Civil Veterinary Department Bengal reports 1923-33 - 1923-1933
Year: 1923
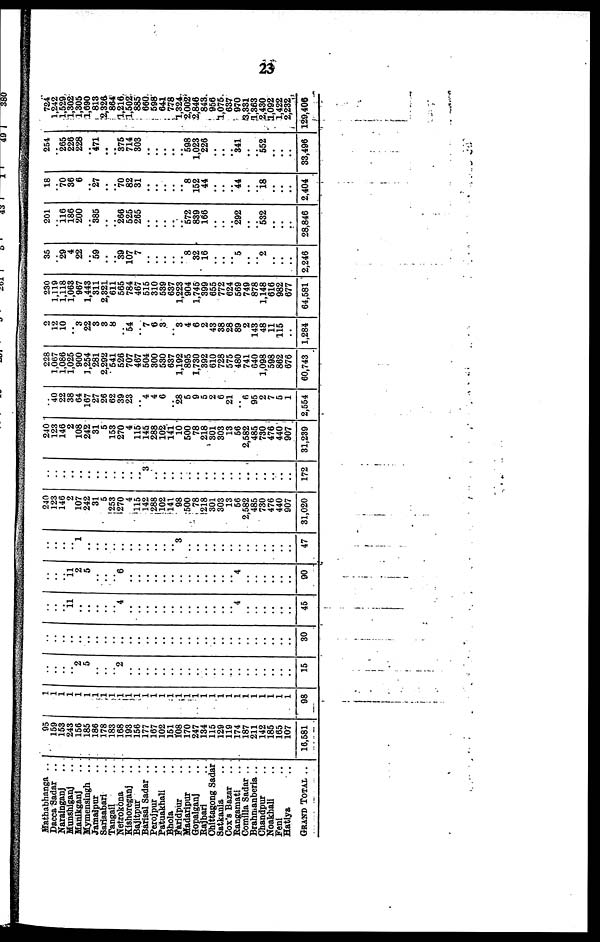
..23
Hathabhanga ..
Dacca Sadar ..
Narainganj ..
Munshiganj ..
Manikganj ..
Mymensingh ..
Jamalpur ..
Sartaabari ..
Tangail ..
Netrokona ..
Kishoreganj ..
Bajitpur ..
Barisal Sadar ..
Perojpur ..
Patuakhali ..
Bhola ..
Faridpur ..
Madaripur ..
Gopalganj ..
Rajbari ..
Chittagong Sadar
Satkania ..
Cox's Bazar
Rangamati ..
Comilla Sadar ..
Brahmanberia ..
Chandpur ..
Noakhali ..
Feni ..
Hatiya ..
GRAND TOTAL . .
95
159
153
243
156
185
186
178
183
168
103
156
177
167
102
151
108 170
247
134
115
120
119
174
187
211
142
185
165
107
10.581
1
1
1
1
1
1
1
1
1
1
1
1
1
1
1
1
1
1
1
1
1
1
1
1
1
1
1
1
1
1
98
..
..
..
.. 2
5
..
..
.. 2
..
..
..
..
..
..
..
..
..
..
..
..
..
..
..
..
..
..
..
..
15
..
..
..
..
..
..
..
..
..
..
..
..
..
..
..
..
..
..
..
..
..
..
..
..
..
..
..
..
..
..
30
..
..
.. 11
..
..
..
..
.. 4
..
..
..
..
..
..
..
..
..
..
..
..
.. 4
..
..
..
..
..
..
45
..
..
.. 11
2
5
..
..
.. 6
..
..
..
..
..
..
..
..
..
..
..
..
.. 4
..
..
..
..
..
..
90
..
..
..
.. 1
..
..
..
..
..
..
..
..
..
..
.. 3
..
..
..
..
..
..
..
..
..
.. ..
..
..
47
240
123
146
2
107
242
31
5
253
270
4
115
142
288
102
141
98
500
78
218
301
303
13
50
2.582
485
730
476
440
907
31,020
..
..
..
..
..
..
..
..
..
..
..
.. 3
..
..
..
..
..
..
..
..
..
..
..
..
..
..
..
..
172
240
123
146
2
108
242
31
5
153
270
4
115
145
288
102
141
10
500
78
218
301
303
13
56
2.582
485
730
476
440
907
31,239
.. 40
22
38
64
167
27
26
62
30
23
.. 4
4
6
.. 28
5
9
5
2
6
21
.. 6
95
6
7
5
1
2,554
228
1,067
1.086
1.025
900
1.254
281
2.202
641
526
707
467
604
300
530
637
1.102
895
1,730
302
610
728
575
480
741
640
1.008
598
862
676
60.743
2
12
10
.. 3
22
3
3
8
.. 54
.. 7
6
3
.. 3
4
6
2
43
38
28
89
2
143
48
11
115
..
1.284
230
1.110
1.118
1.063
967
1.443
311
2,321
611
565
784
467
515
310
539
637
1,223
904
1.745
399
655
772
624
569
749
878
1.148
616
982
677
64,581
35
.. 20
4
22
.. 50
..
.. 30
107
7
..
..
..
..
.. 8
32
16
..
..
.. 5
..
.. 2
..
..
..
2,246
201
.. 116
186
200
.. 385
..
.. 266
525
265
..
..
..
..
672
839
166
..
..
.. 292
..
.. 532
..
..
..
28.846
18
.. 70
36
6
.. 27
..
.. 70
82
31
..
..
..
..
.. 8
102
44
..
..
.. 44
..
.. 18
..
..
..
2.404
204
.. 265
226
228
.. 471
..
.. 375
714
303
..
..
..
..
.. 608
1.023
226
..
..
.. 341
..
.. 652
..
..
..
33,406
724
1.242
1.520
1.302
1.305
1.600
813
2,326
864
1,216
1.502
885
660
608
641
778
1,324
2.002
2.846
843
056
1,075
6S7
970
3.381
1,363
2.430
1,092
1,422
2,232
129,406